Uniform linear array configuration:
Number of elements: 4
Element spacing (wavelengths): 0.75
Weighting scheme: uniform
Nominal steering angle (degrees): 30
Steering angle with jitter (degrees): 31.997
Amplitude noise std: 0.05
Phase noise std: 0.05

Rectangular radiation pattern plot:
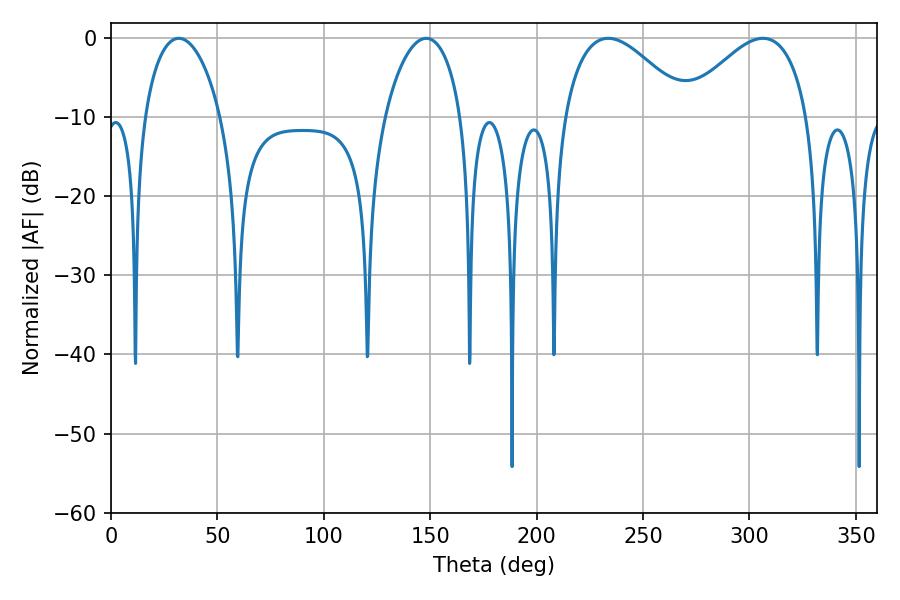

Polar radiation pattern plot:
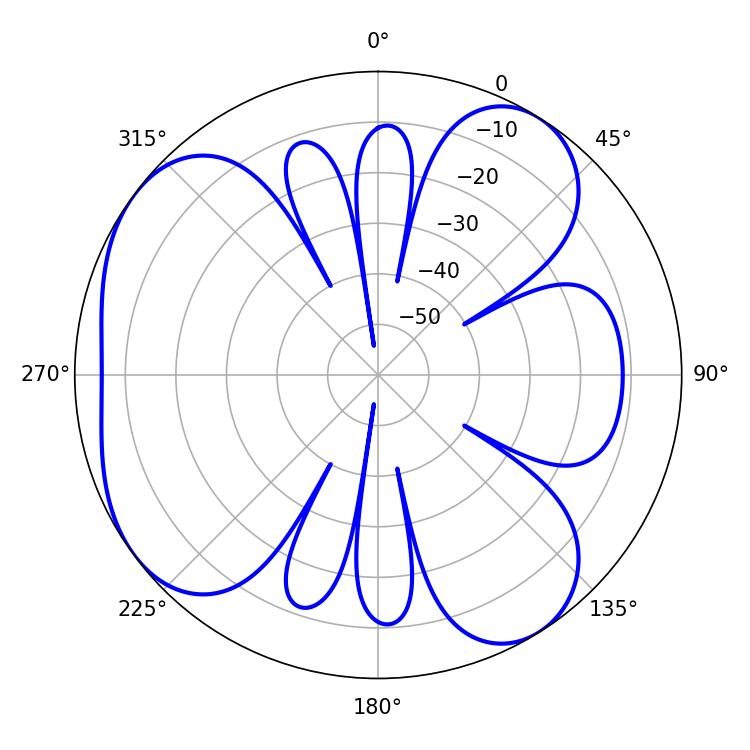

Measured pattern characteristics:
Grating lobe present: TRUE
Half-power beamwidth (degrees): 32.04
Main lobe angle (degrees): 233.64